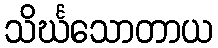
သိင်္ဃသောတာယ